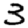
Digit: 3